Vaccination returns of the Province of Eastern Bengal and Assam - 1905-1912
Year: 1905
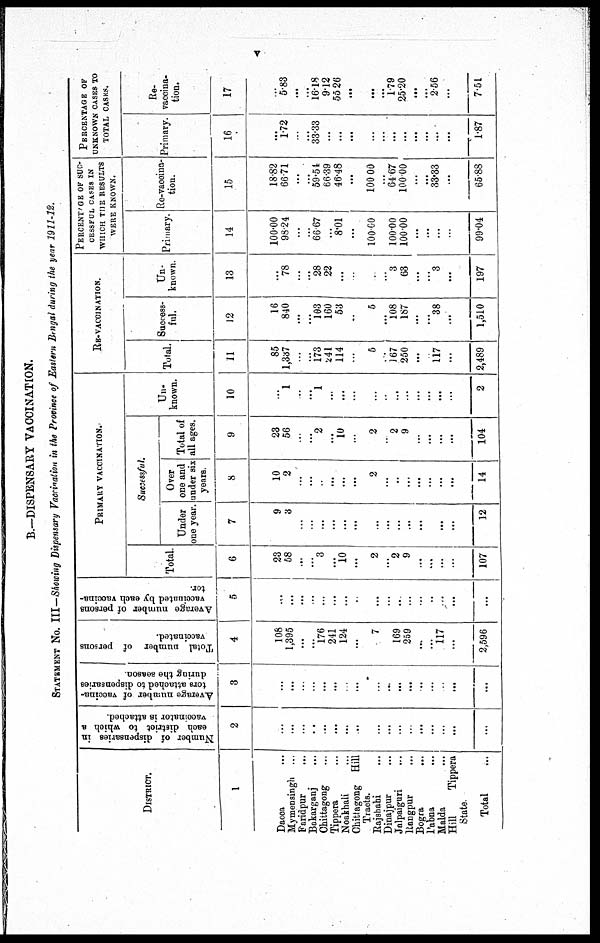
v
B.—DISPENSARY VACCINATION.
STATEMENT NO. III—Showing Dispensary Vaccination in the Province of Eastern Bengal during the year 1911-12.
DISTRICT.
1
Dacca ...
Mymensingh ...
Faridpur ...
Bokarganj ...
Chittagong ...
Tippera ...
Noakhali ...
Chittagong Hill
Tracts.
Rajshahi ...
Dinajpur ...
Jalpaiguri ...
Rangpur ...
Bogra ...
Pabna ...
Malda ...
Hill
Tippera
State.
Total ...
Number of dispensaries in
each district to which a
vaccinator is attached.
2
...
...
...
...
...
...
...
...
...
...
...
...
...
...
...
...
...
Average number of vaccina-
tors attached to dispensaries
during the season.
3
...
...
...
...
...
...
...
...
...
...
...
...
...
...
...
...
...
Total number of persons
vaccinated.
4
108
1,395
...
...
176
241
124
...
7
...
169
259
...
...
117
...
2,596
Average number of persons
vaccinated by each vaccina-
tor.
5
...
...
...
...
...
...
...
...
...
...
...
...
...
...
...
...
...
PRIMARY VACCINATION.
Total.
6
23
58
...
...
3
...
10
...
2
...
2
9
...
...
...
...
107
Successful.
Under
one year.
7
9
3
...
...
...
...
...
...
...
...
...
...
...
...
...
...
12
Over
one and
under six
years.
8
10
2
...
...
...
...
...
...
2
...
...
...
...
...
...
...
14
Total of
all ages.
9
23
56
...
...
2
...
10
...
2
..
2
9
...
...
...
...
104
Un-
known.
10
...
1
...
...
1
...
...
...
...
...
...
...
...
...
...
...
2
RE-VACCINATION.
Total.
11
85
1,337
...
...
173
241
114
...
5
...
167
250
...
...
117
...
2,489
Success-
ful.
12
16
840
...
...
103
160
53
...
5
...
108
187
...
...
38
...
1,510
Un-
known.
13
...
78
...
...
28
22
...
...
...
...
3
63
...
...
3
...
197
PERCENTEGE OF SUC-
CESSFUL CASES IN
WHICH THE RESULTS
WERE KNOWN.
Primary.
14
100.00
98.24
...
...
66.67
...
8.01
...
100.00
...
100.00
100.00
...
...
...
...
99.04
Re-vaccina-
tion.
15
18.82
66.71
...
...
59.54
66.39
46.48
...
100.00
...
64.67
100.00
...
...
33.33
...
65.88
PERCENTAGE OF
UNKNOWN CASES TO
TOTAL CASES.
Primary.
16
...
1.72
...
...
33.33
...
...
...
...
...
...
...
...
...
...
...
1.87
Re-
vaccina-
tion.
17
...
5.83
...
...
16.18
9.12
55.26
...
...
...
1.79
25.20
...
...
2.56
...
7.51